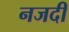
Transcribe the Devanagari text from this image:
नजदी